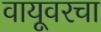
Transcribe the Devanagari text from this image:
वायूवरचा